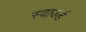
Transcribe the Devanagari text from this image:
स्वार्ज्ड